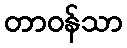
တာဝန်သာ